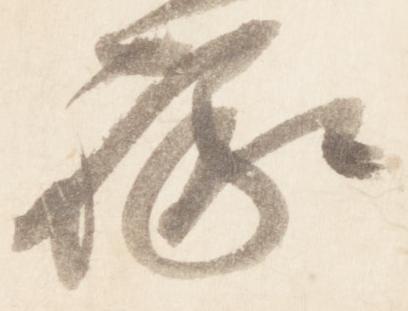
禄